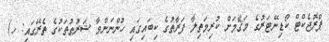
ޕްރޮޖެކްޓް ކޯޑިނޭޓަރުގެ މަޤާމަށް ކުރިމަތިލާ ފަރާތުގެ ކިބައިގައި ހުންނަންވާ ޝަރުޠުތަކުގެ ތެރޭގައި: ހ)